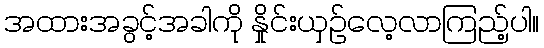
အထားအခွင့်အခါကို နှိုင်းယှဉ်လေ့လာကြည့်ပါ။